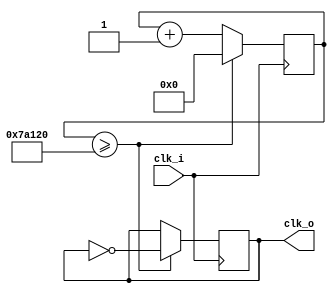
module clock_division
#(
    parameter time_scale = 500000 /*1*/
)
(
    clk_i,clk_o
);
input clk_i;
output clk_o;
reg clk_o=1'b0;
reg [20:0] clk_counter=21'b0;
always @(posedge clk_i) begin
            clk_counter<=clk_counter+1;
        if (clk_counter>= time_scale) begin
            clk_o<=~clk_o;
            clk_counter<=0;
        end
        else ;
    end
endmodule